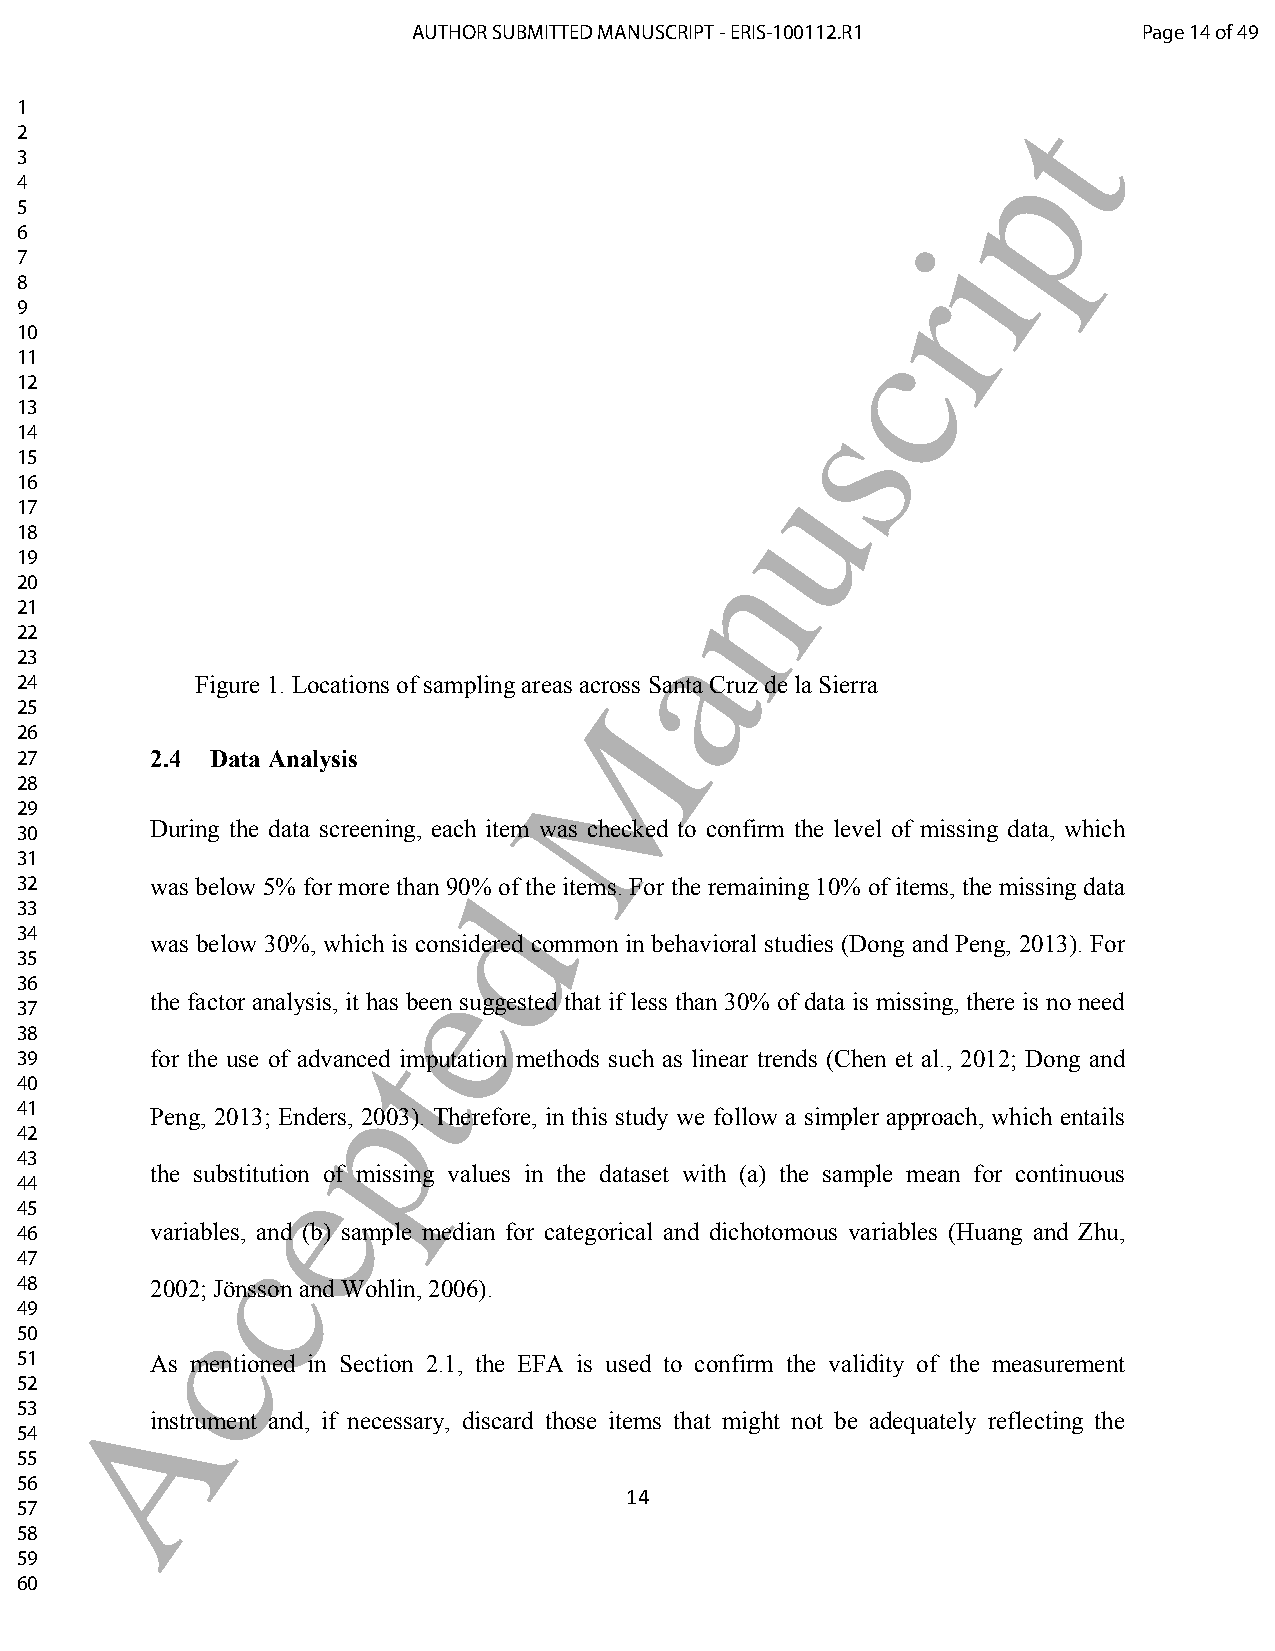
AUTHOR SUBMITTED MANUSCRIPT - ERIS-100112.R1     Page 14 of 49
 1                                                                 t
 2
 p
 3
 4
 5
 6                                                           i
 7
 r
 8
 9
 10                                                     c
 11
 12
 s
 13
 14
 15
 u
 16
 17
 18
 n
 19
 20
 21
 a
 22
 23
 24          Figure 1. Locations of sampling areas across Santa Cruz de la Sierra
 M
 25
 26
 27       2.4 Data Analysis
 28
 29
 During the data screening, each item was checked to confirm the level of missing data, which
 30
 31
 32       was below 5% for more than 90d% of the items. For the remaining 10% of items, the missing data
 33
 34
 was below 30%, which is considered common in behavioral studies (Dong and Peng, 2013). For
 35
 e
 36
 the factor analysis, it has been suggested that if less than 30% of data is missing, there is no need
 37
 38                    t
 39       for the use of advanced imputation methods such as linear trends (Chen et al., 2012; Dong and
 40                  p
 41       Peng, 2013; Enders, 2003). Therefore, in this study we follow a simpler approach, which entails
 42
 43               e
 the substitution of missing values in the dataset with (a) the sample mean for continuous
 44
 45
 46       variablces, and (b) sample median for categorical and dichotomous variables (Huang and Zhu,
 47
 48       2002; Jönsson and Wohlin, 2006).
 49        c
 50
 51       As mentioned in Section 2.1, the EFA is used to confirm the validity of the measurement
 52     A
 53
 instrument and, if necessary, discard those items that might not be adequately reflecting the
 54
 55
 56
 14
 57
 58
 59
 60